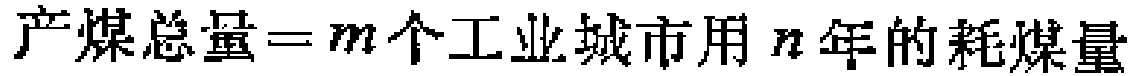
$产煤总量=m个工业城市用n年的耗煤量$